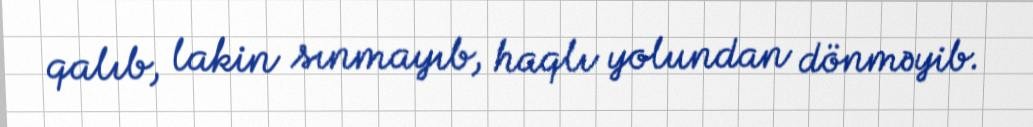
qalıb, lakin sınmayıb, haqlı yolundan dönməyib.